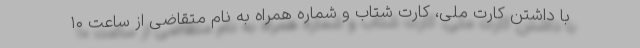
با داشتن کارت ملی، کارت شتاب و شماره همراه به نام متقاضی از ساعت ۱۰